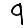
Digit: 9